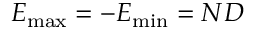
E _ { \mathrm { m a x } } = - E _ { \mathrm { m i n } } = N D